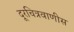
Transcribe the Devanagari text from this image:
दूरचित्रवाणीस